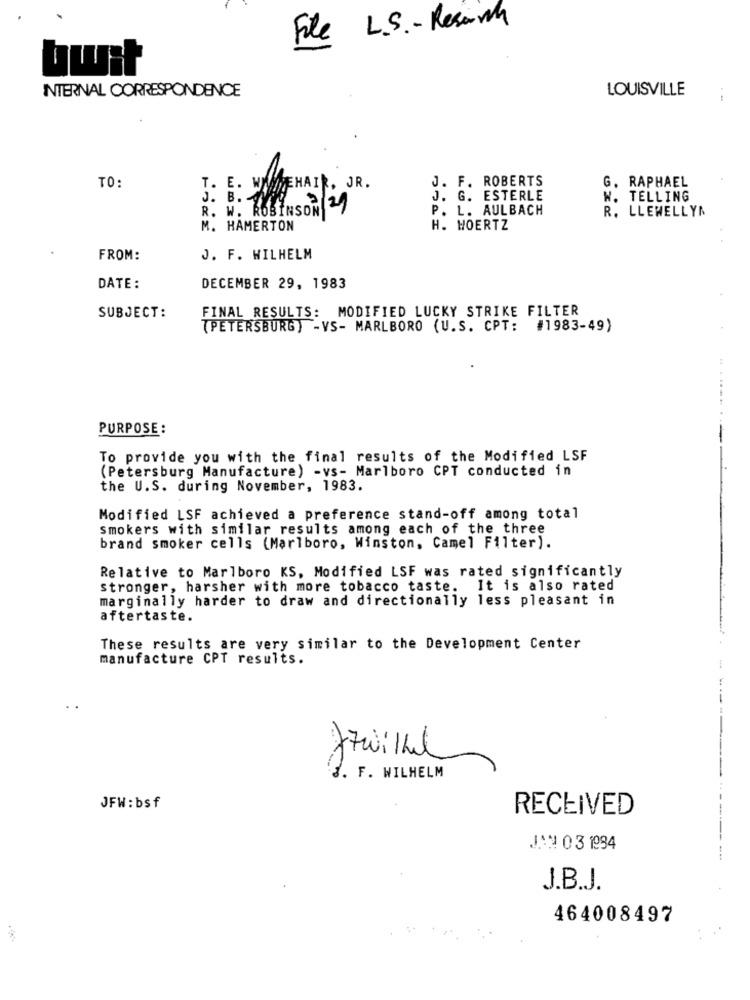
File L.S. - Resorth
twit
LOUISVILLE
INTERNAL CORRESPONDENCE
J. F. ROBERTS
G. RAPHAEL
TO:
T. B
WWWEHAIR, JR.
J. B.
J. G. ESTERLE
W. TELLING
R. W. ROBINSON
02/2/
P. L. AULBACH
R. LLEWELLYN
M. HAMERTON
H. WOERTZ
FROM:
J. F. WILHELM
DATE:
DECEMBER 29, 1983
FINAL RESULTS: MODIFIED LUCKY STRIKE FILTER
SUBJECT:
(PETERSBURG) -VS- MARLBORO (U.S. CPT: #1983-49)
PURPOSE:
To provide you with the final results of the Modified LSF
(Petersburg Manufacture) -vs- Marlboro CPT conducted in
the U.S. during November, 1983.
Modified LSF achieved a preference stand-off among total
smokers with similar results among each of the three
brand smoker cells (Marlboro, Winston, Camel Filter).
Relative to Marlboro KS, Modified LSF was rated significantly
stronger, harsher with more tobacco taste. It is also rated
marginally harder to draw and directionally less pleasant in
aftertaste.
These results are very similar to the Development Center
manufacture CPT results.
. F. WILHELM
JFW : bsf
RECEIVED
JAN 03 194
J.B.J.
464008497